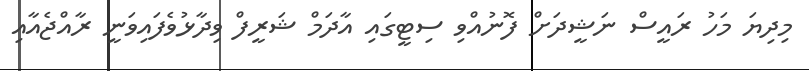
މިދިޔަ މަހު ރައީސް ނަޝީދަށް ފޮނުއްވި ސިޓީގައި އާދަމް ޝަރީފް ވިދާޅުވެފައިވަނީ ރާއްޖެއާއި